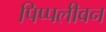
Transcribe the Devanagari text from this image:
पिप्पलीवन